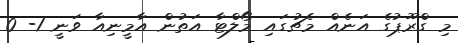
މި ގްރޫޕުގެ އަނެއް މެޗުގައި މޯލްޓާ އަތުން އާމީނިއާ ވަނީ 1- 0